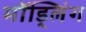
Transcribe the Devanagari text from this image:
मॉड्लिंग